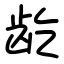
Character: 龁